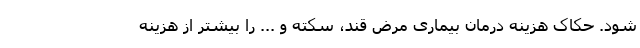
شود. حکاک هزینه درمان بیماری مرض قند، سکته و ... را بیشتر از هزینه